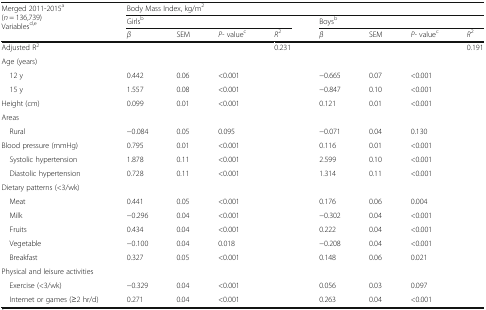
<table><thead><tr><td rowspan="3"><b>Merged 2011-2015<sup>a</sup>(<i>n</i> = 136,739)Variables<sup>d,e</sup></b></td><td colspan="8"><b>Body Mass Index, kg/m<sup>2</sup></b></td></tr><tr><td colspan="4"><b>Girls<sup>b</sup></b></td><td colspan="4"><b>Boys<sup>b</sup></b></td></tr><tr><td><b><i>β</i></b></td><td><b>SEM</b></td><td><b><i>P-</i> value<sup>c</sup></b></td><td><b><i>R</i><sup>2</sup></b></td><td><b><i>β</i></b></td><td><b>SEM</b></td><td><b><i>P-</i> value<sup>c</sup></b></td><td><b><i>R</i><sup>2</sup></b></td></tr></thead><tbody><tr><td>Adjusted R<sup>2</sup></td><td></td><td></td><td></td><td>0.231</td><td></td><td></td><td></td><td>0.191</td></tr><tr><td colspan="9">Age (years)</td></tr><tr><td> 12 y</td><td>0.442</td><td>0.06</td><td>&lt;0.001</td><td></td><td>−0.665</td><td>0.07</td><td>&lt;0.001</td><td></td></tr><tr><td> 15 y</td><td>1.557</td><td>0.08</td><td>&lt;0.001</td><td></td><td>−0.847</td><td>0.10</td><td>&lt;0.001</td><td></td></tr><tr><td>Height (cm)</td><td>0.099</td><td>0.01</td><td>&lt;0.001</td><td></td><td>0.121</td><td>0.01</td><td>&lt;0.001</td><td></td></tr><tr><td colspan="9">Areas</td></tr><tr><td> Rural</td><td>−0.084</td><td>0.05</td><td>0.095</td><td></td><td>−0.071</td><td>0.04</td><td>0.130</td><td></td></tr><tr><td>Blood pressure (mmHg)</td><td>0.795</td><td>0.01</td><td>&lt;0.001</td><td></td><td>0.116</td><td>0.01</td><td>&lt;0.001</td><td></td></tr><tr><td> Systolic hypertension</td><td>1.878</td><td>0.11</td><td>&lt;0.001</td><td></td><td>2.599</td><td>0.10</td><td>&lt;0.001</td><td></td></tr><tr><td> Diastolic hypertension</td><td>0.728</td><td>0.11</td><td>&lt;0.001</td><td></td><td>1.314</td><td>0.11</td><td>&lt;0.001</td><td></td></tr><tr><td colspan="9">Dietary patterns (&lt;3/wk)</td></tr><tr><td> Meat</td><td>0.441</td><td>0.05</td><td>&lt;0.001</td><td></td><td>0.176</td><td>0.06</td><td>0.004</td><td></td></tr><tr><td> Milk</td><td>−0.296</td><td>0.04</td><td>&lt;0.001</td><td></td><td>−0.302</td><td>0.04</td><td>&lt;0.001</td><td></td></tr><tr><td> Fruits</td><td>0.434</td><td>0.04</td><td>&lt;0.001</td><td></td><td>0.222</td><td>0.04</td><td>&lt;0.001</td><td></td></tr><tr><td> Vegetable</td><td>−0.100</td><td>0.04</td><td>0.018</td><td></td><td>−0.208</td><td>0.04</td><td>&lt;0.001</td><td></td></tr><tr><td> Breakfast</td><td>0.327</td><td>0.05</td><td>&lt;0.001</td><td></td><td>0.148</td><td>0.06</td><td>0.021</td><td></td></tr><tr><td colspan="9">Physical and leisure activities</td></tr><tr><td> Exercise (&lt;3/wk)</td><td>−0.329</td><td>0.04</td><td>&lt;0.001</td><td></td><td>0.056</td><td>0.03</td><td>0.097</td><td></td></tr><tr><td> Internet or games (≥2 hr/d)</td><td>0.271</td><td>0.04</td><td>&lt;0.001</td><td></td><td>0.263</td><td>0.04</td><td>&lt;0.001</td><td></td></tr></tbody></table>